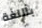
باللغة